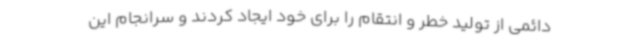
دائمی از تولید خطر و انتقام را برای خود ایجاد کردند و سرانجام این